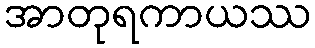
အာတုရကာယဿ